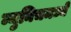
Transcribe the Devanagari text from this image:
म्युनिचमध्ये